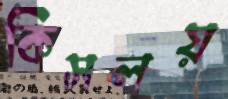
কিসলয়